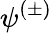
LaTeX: \psi^{(\pm)}